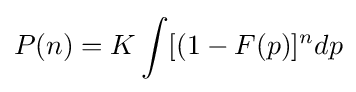
P(n)=K\int [(1-F(p)]^{n}dp